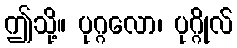
ဤသို့။ ပုဂ္ဂလော၊ ပုဂ္ဂိုလ်